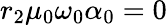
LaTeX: r_{2}\mu_{0}\omega_{0}\alpha_{0}=0